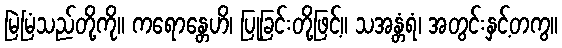
မြဲမြံသည်တို့ကို။ ကရောန္တေဟိ၊ ပြုခြင်းတို့ဖြင့်။ သအန္တံရံ၊ အတွင်းနှင့်တကွ။